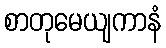
စာတုမေယျကာနံ